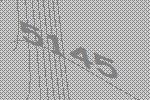
5145